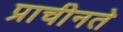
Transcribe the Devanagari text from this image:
प्राचीनते